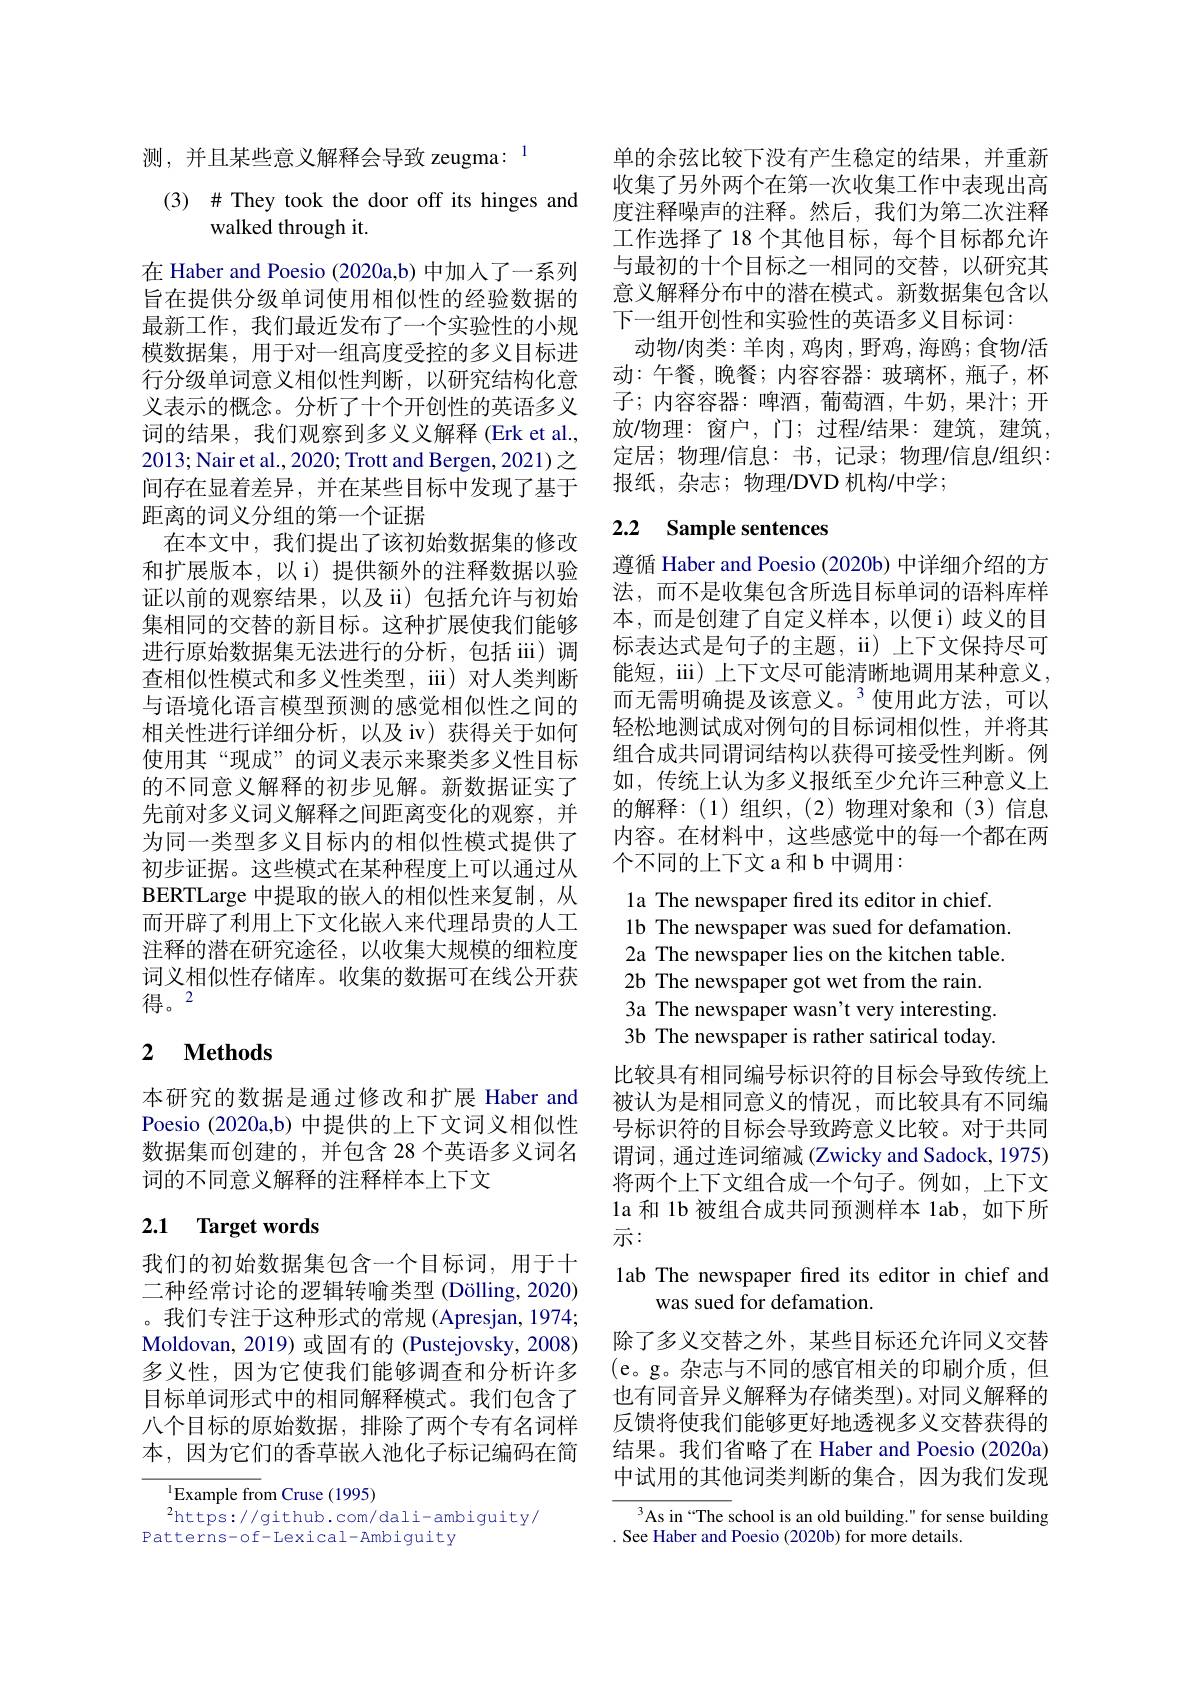
测，并且某些意义解释会导致 zeugma: 1

(3) $\#$They took the door off its hinges and
## walked through it.

在 Haber and Poesio (2020a,b) 中加人了一系列旨在提供分级单词使用相似性的经验数据的最新工作，我们最近发布了一个实验性的小规模数据集，用于对一组高度受控的多义目标进行分级单词意义相似性判断，以研究结构化意义表示的概念。分析了十个开创性的英语多义词的结果，我们观察到多义义解释(Erk et al., 2013;Nair et al., 2020; Trott and Bergen, 2021)之间存在显着差异，并在某些目标中发现了基于距离的词义分组的第一个证据
在本文中，我们提出了该初始数据集的修改和扩展版本，以i)提供额外的注释数据以验证以前的观察结果，以及 ii)包括允许与初始集相同的交替的新目标。这种扩展使我们能够进行原始数据集无法进行的分析，包括 iii)调查相似性模式和多义性类型，iii) 对人类判断与语境化语言模型预测的感觉相似性之间的相关性进行详细分析，以及 iv)获得关于如何使用其“现成”的词义表示来聚类多义性目标的不同意义解释的初步见解。新数据证实了先前对多义词义解释之间距离变化的观察，并为同一类型多义目标内的相似性模式提供了初步证据。这些模式在某种程度上可以通过从BERTLarge 中提取的嵌入的相似性来复制，从而开辟了利用上下文化嵌入来代理昂贵的人工注释的潜在研究途径，以收集大规模的细粒度词义相似性存储库。收集的数据可在线公开获得。2

# 2 $\textbf{Methods}$

本研究的数据是通过修改和扩展 Haber and Poesio (2020a,b) 中提供的上下文词义相似性数据集而创建的，并包含 28 个英语多义词名词的不同意义解释的注释样本上下文

## 2.1 Target words

我们的初始数据集包含一个目标词，用于十二种经常讨论的逻辑转喻类型 (Dölling, 2020) 。我们专注于这种形式的常规 (Apresjan, 1974; Moldovan, 2019) 或固有的 (Pustejovsky, 2008) 多义性，因为它使我们能够调查和分析许多目标单词形式中的相同解释模式。我们包含了八个目标的原始数据，排除了两个专有名词样本，因为它们的香草嵌人池化子标记编码在简

$^{1}$Example from Cruse (1995)
$^{2}$https://github.com/dali-ambiguity/
Patterns-of-Lexical-Ambiguity

单的余弦比较下没有产生稳定的结果，并重新收集了另外两个在第一次收集工作中表现出高度注释噪声的注释。然后，我们为第二次注释工作选择了 18 个其他目标，每个目标都允许与最初的十个目标之一相同的交替，以研究其意义解释分布中的潜在模式。新数据集包含以下一组开创性和实验性的英语多义目标词：
动物/肉类：羊肉，鸡肉，野鸡，海鸥；食物/活动：午餐，晚餐；内容容器：玻璃杯，瓶子，杯子；内容容器：啤酒，葡萄酒，牛奶，果汁；开放/物理：窗户，门；过程/结果：建筑，建筑， 定居；物理/信息：书，记录；物理/信息/组织： 报纸，杂志；物理/DVD 机构/中学；

# 2.2 Sample sentences

遵循 Haber and Poesio (2020b) 中详细介绍的方法，而不是收集包含所选目标单词的语料库样本，而是创建了自定义样本，以便i)歧义的目标表达式是句子的主题，ii) 上下文保持尽可能短，iii) 上下文尽可能清晰地调用某种意义， 而无需明确提及该意义。$^{3}$使用此方法，可以轻松地测试成对例句的目标词相似性，并将其组合成共同谓词结构以获得可接受性判断。例如，传统上认为多义报纸至少允许三种意义上的解释：(1)组织，(2)物理对象和(3)信息内容。在材料中，这些感觉中的每一个都在两个不同的上下文 a 和 b 中调用：

1a The newspaper fired its editor in chief.
1b The newspaper was sued for defamation. 2a The newspaper lies on the kitchen table. 2b The newspaper got wet from the rain. 3a The newspaper wasn't very interesting. 3b The newspaper is rather satirical today. 比较具有相同编号标识符的目标会导致传统上被认为是相同意义的情况，而比较具有不同编号标识符的目标会导致跨意义比较。对于共同谓词，通过连词缩减 (Zwicky and Sadock, 1975) 将两个上下文组合成一个句子。例如，上下文la 和 1b 被组合成共同预测样本 1ab,如下所示：
lab The newspaper fired its editor in chief and
was sued for defamation.
除了多义交替之外，某些目标还允许同义交替(e。g。杂志与不同的感官相关的印刷介质，但也有同音异义解释为存储类型)。对同义解释的反馈将使我们能够更好地透视多义交替获得的结果。我们省略了在 Haber and Poesio (2020a) 中试用的其他词类判断的集合，因为我们发现
$^3$As in“The school is an old building." for sense building

. See Haber and Poesio (2020b) for more details.